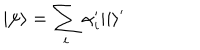
LaTeX: | \psi \rangle = \sum _ { i } \alpha _ { i } ^ { \prime } | i \rangle ^ { \prime }